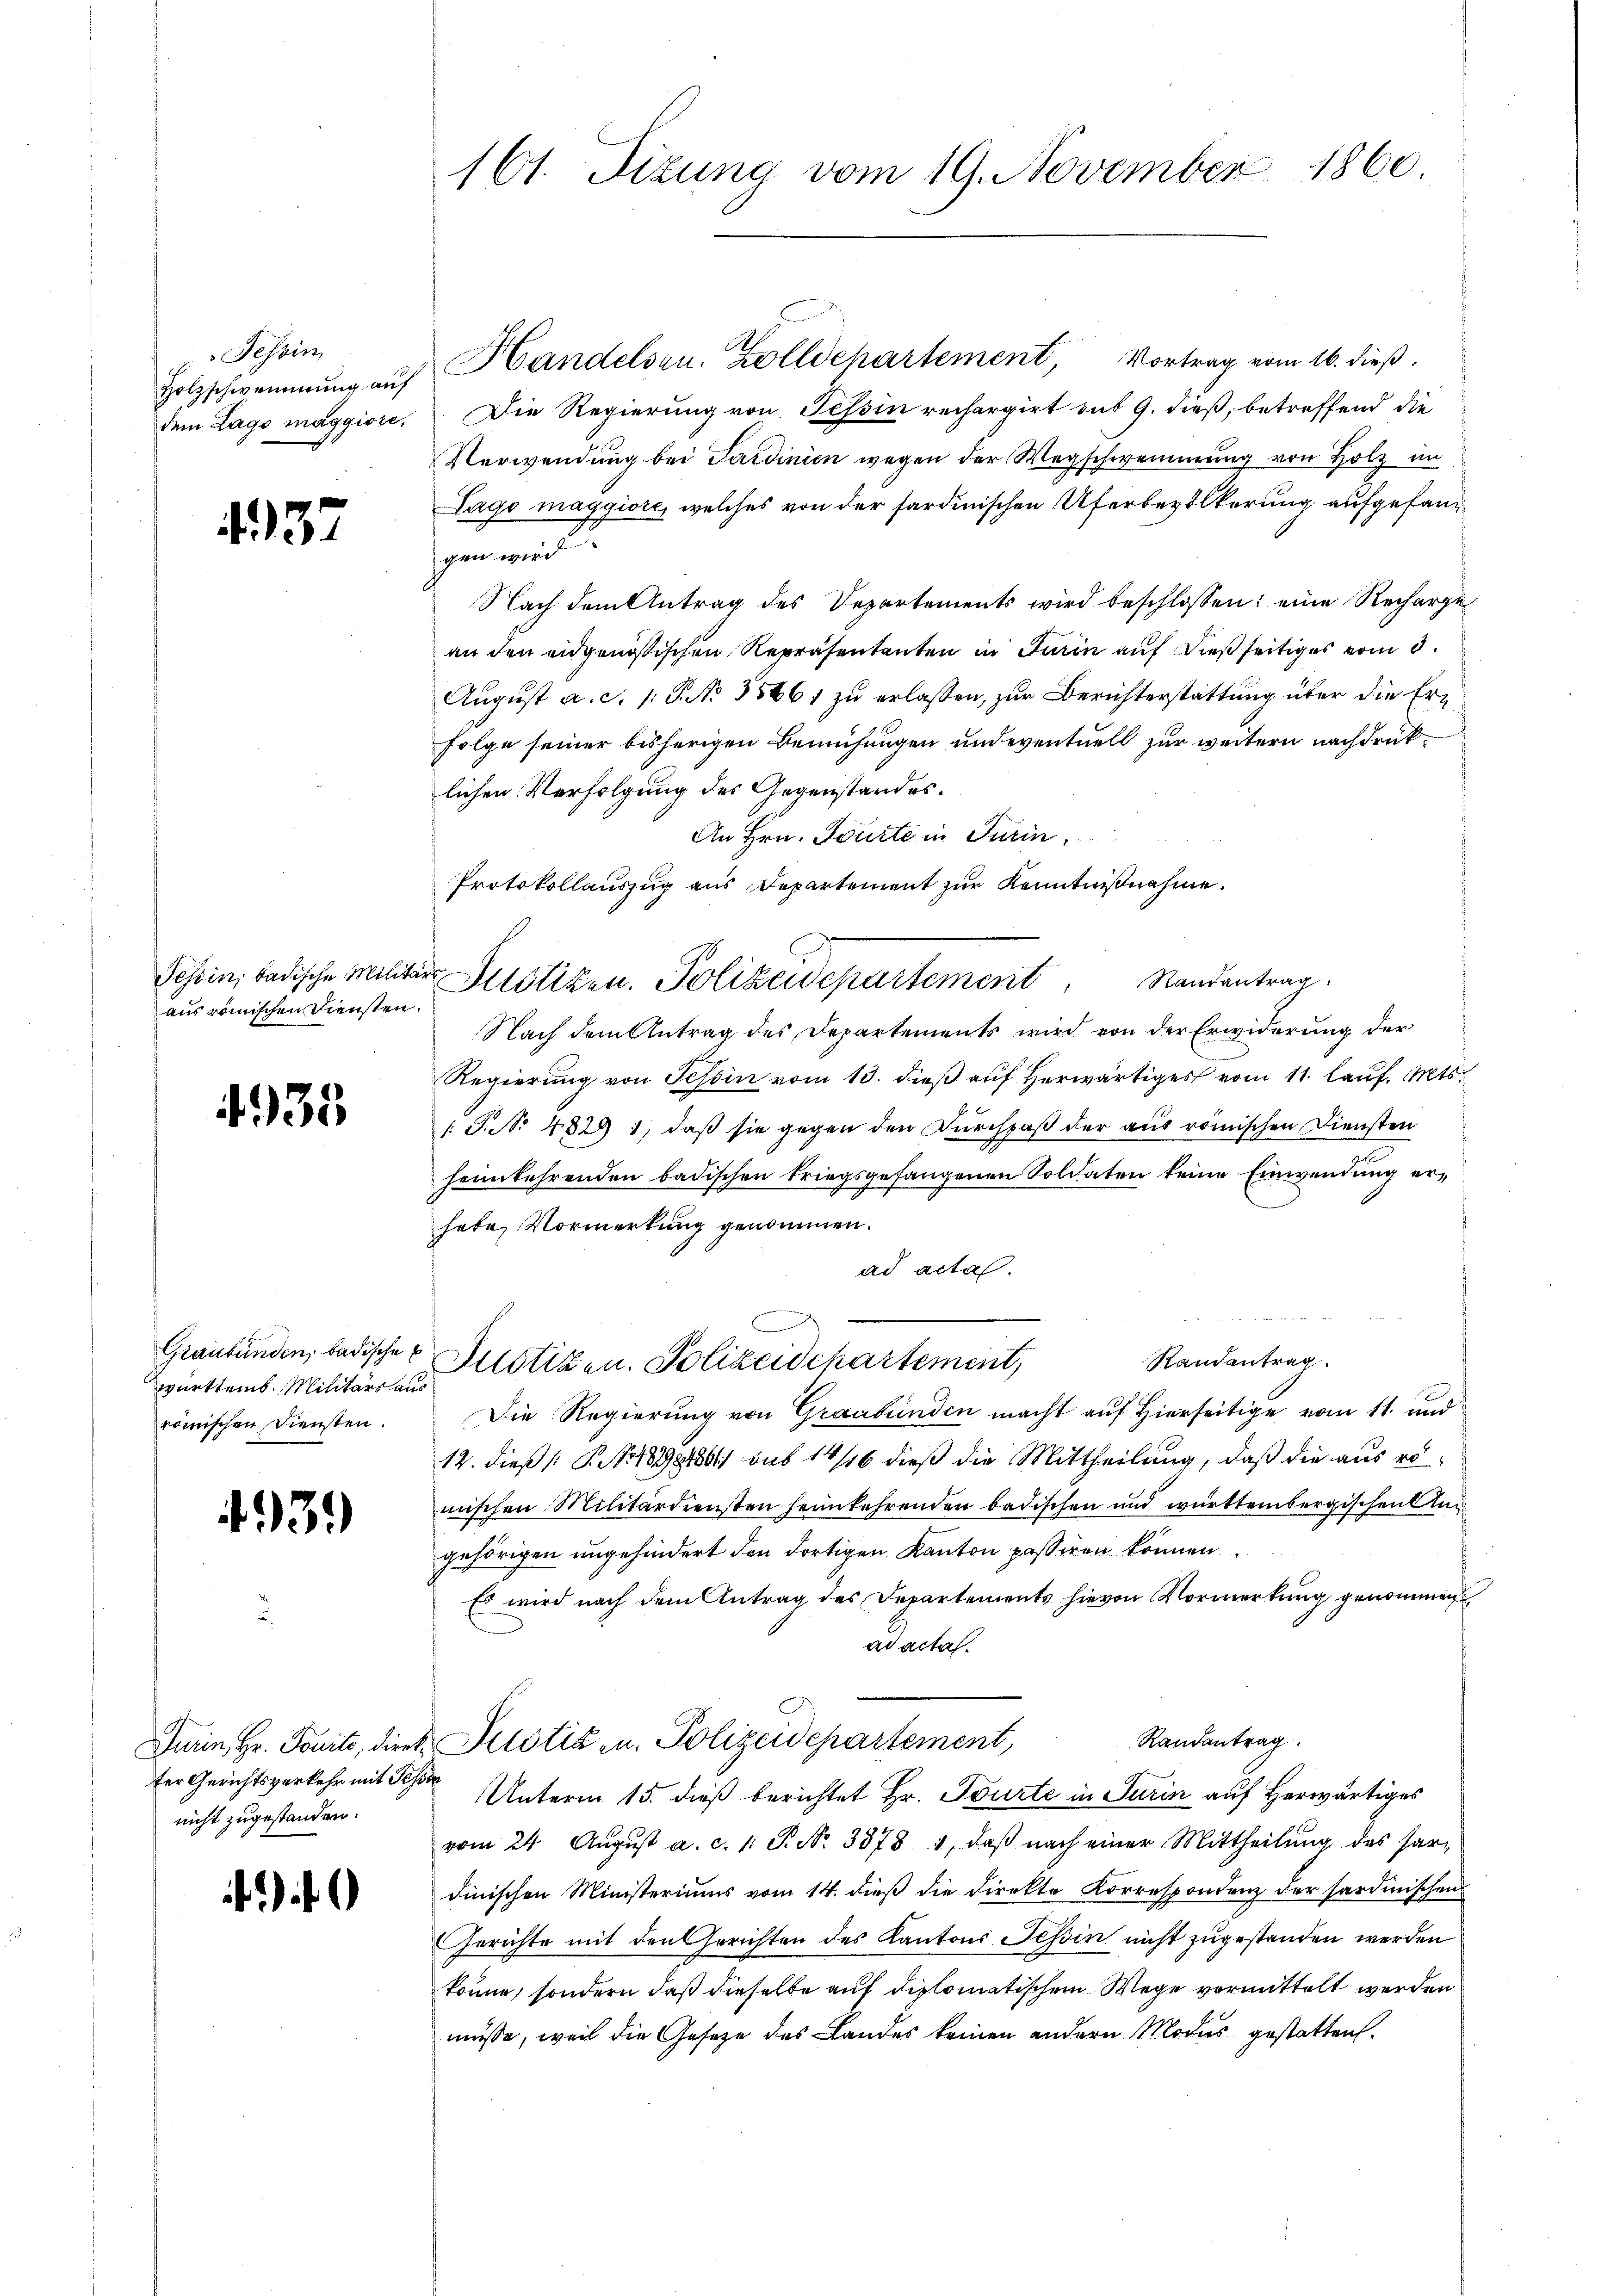
Tessin,

.137

aus römischen Diensten.

4335

württemb. Militärs aus
römischen Diensten.

4939

ter Gerichtsverkehr mit Tessin
nicht zugestanden.

161. Sitzung vom 19. November 1860

.
Holzschwammŭng auf Handelsen. Zolldepartement, Vortrag vom 16. dieβ.
dem Lago maggiore. Die Regierung von Tessin rechargirt aus 9. dieß, betreffend die
Verwendung bei Sardinien wegen der Wegschwemmung von Holz im
Lago maggiore, welches von der sardinischen Uferbevölkerung aufgefangen wird.
Nach dem Antrag des Departements wird beschlossen: eine Recharge
an den eidgenößischen Repräsentanten in Turin auf dießseitiges vom 3.
August a. c. /: P. No 35661 zu erlassen, zur Berichterstattung über die Er¬
Folge seiner bisherigen Bemühungen und eventuell zur weitern nachdruklichen Verfolgung des Gegenstandes.
An Hrn. Tourte in Turin,
Protokollauszug aus Departement zur Kenntnißnahme.
Tessin, badische Militär Motiken. Polizeidepartement andantrag
Nach dem Antrag des Departements wird von der Erwiderung der
Regierung von Tessin vom 13. dieß auf herwärtiges vom 11. lauf. Mts.
T. No 4829 1, daß sie gegen den Durchpaß der aus römischen Diensten
heimkehrenden badischen kriegsgefangenen Soldaten keine Einwendung erhabe, Vormerkung genommen.
ad actas.
e
Graubünden, badischer Potizen. Polizeidepartement,
Randantrag
Die Regierung von Graubünden macht auf Hierseitige vom 11. und
12. dieß (: P. Nr. 183848011 sub 14/16 dieß die Mittheilung, daß die aus romischen Militärdiensten heimkehrenden badischen und württembergischen Angehörigen ungehindert den dortigen Kanton passiren können.
Es wird nach dem Antrag des Departements hievon Vormerkung genommen
ad acta.
Randantrag
Turin, Hr. Tourte, direk Pilotiz u. Polizeidepartement,
Unterm 15. dieß berichtet Hr. Tourte in Turin auf Herwärtiges
vom 24. August a. c. 1: P. Nr. 3878 1, daß nach einer Mittheilung des hardinischen Ministeriums vom 14. dieß die Direkte Korrespondenz der sardinischen
Gerichte mit den Gerichten des Kantons Tessin nicht zugestanden werden
könne, sondern daß dieselbe auf diplomatischem Wege vermittelt werden
müsse, weil die Gesetze des Landes keinen andern Modus gestatten.